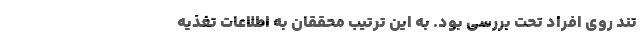
تند روی افراد تحت بررسی بود. به این ترتیب محققان به اطلاعات تغذیه